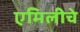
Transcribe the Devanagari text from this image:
एमिलीचे